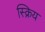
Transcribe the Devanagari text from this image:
स्क्रिय